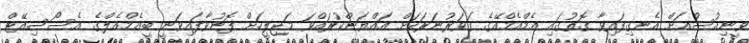
ވީނިއުސްއަށް އެނގިފައިވާ ގޮތުގައި އެމްއެމްއޭގެ ގަވަރުނަރަކަށް އައްޔަންކުރައްވަ މަޖިލީހަށް ފޮނުވާފައިވަނީ ބީއެމްއެލްގެ އެސޯސިއޭޓް